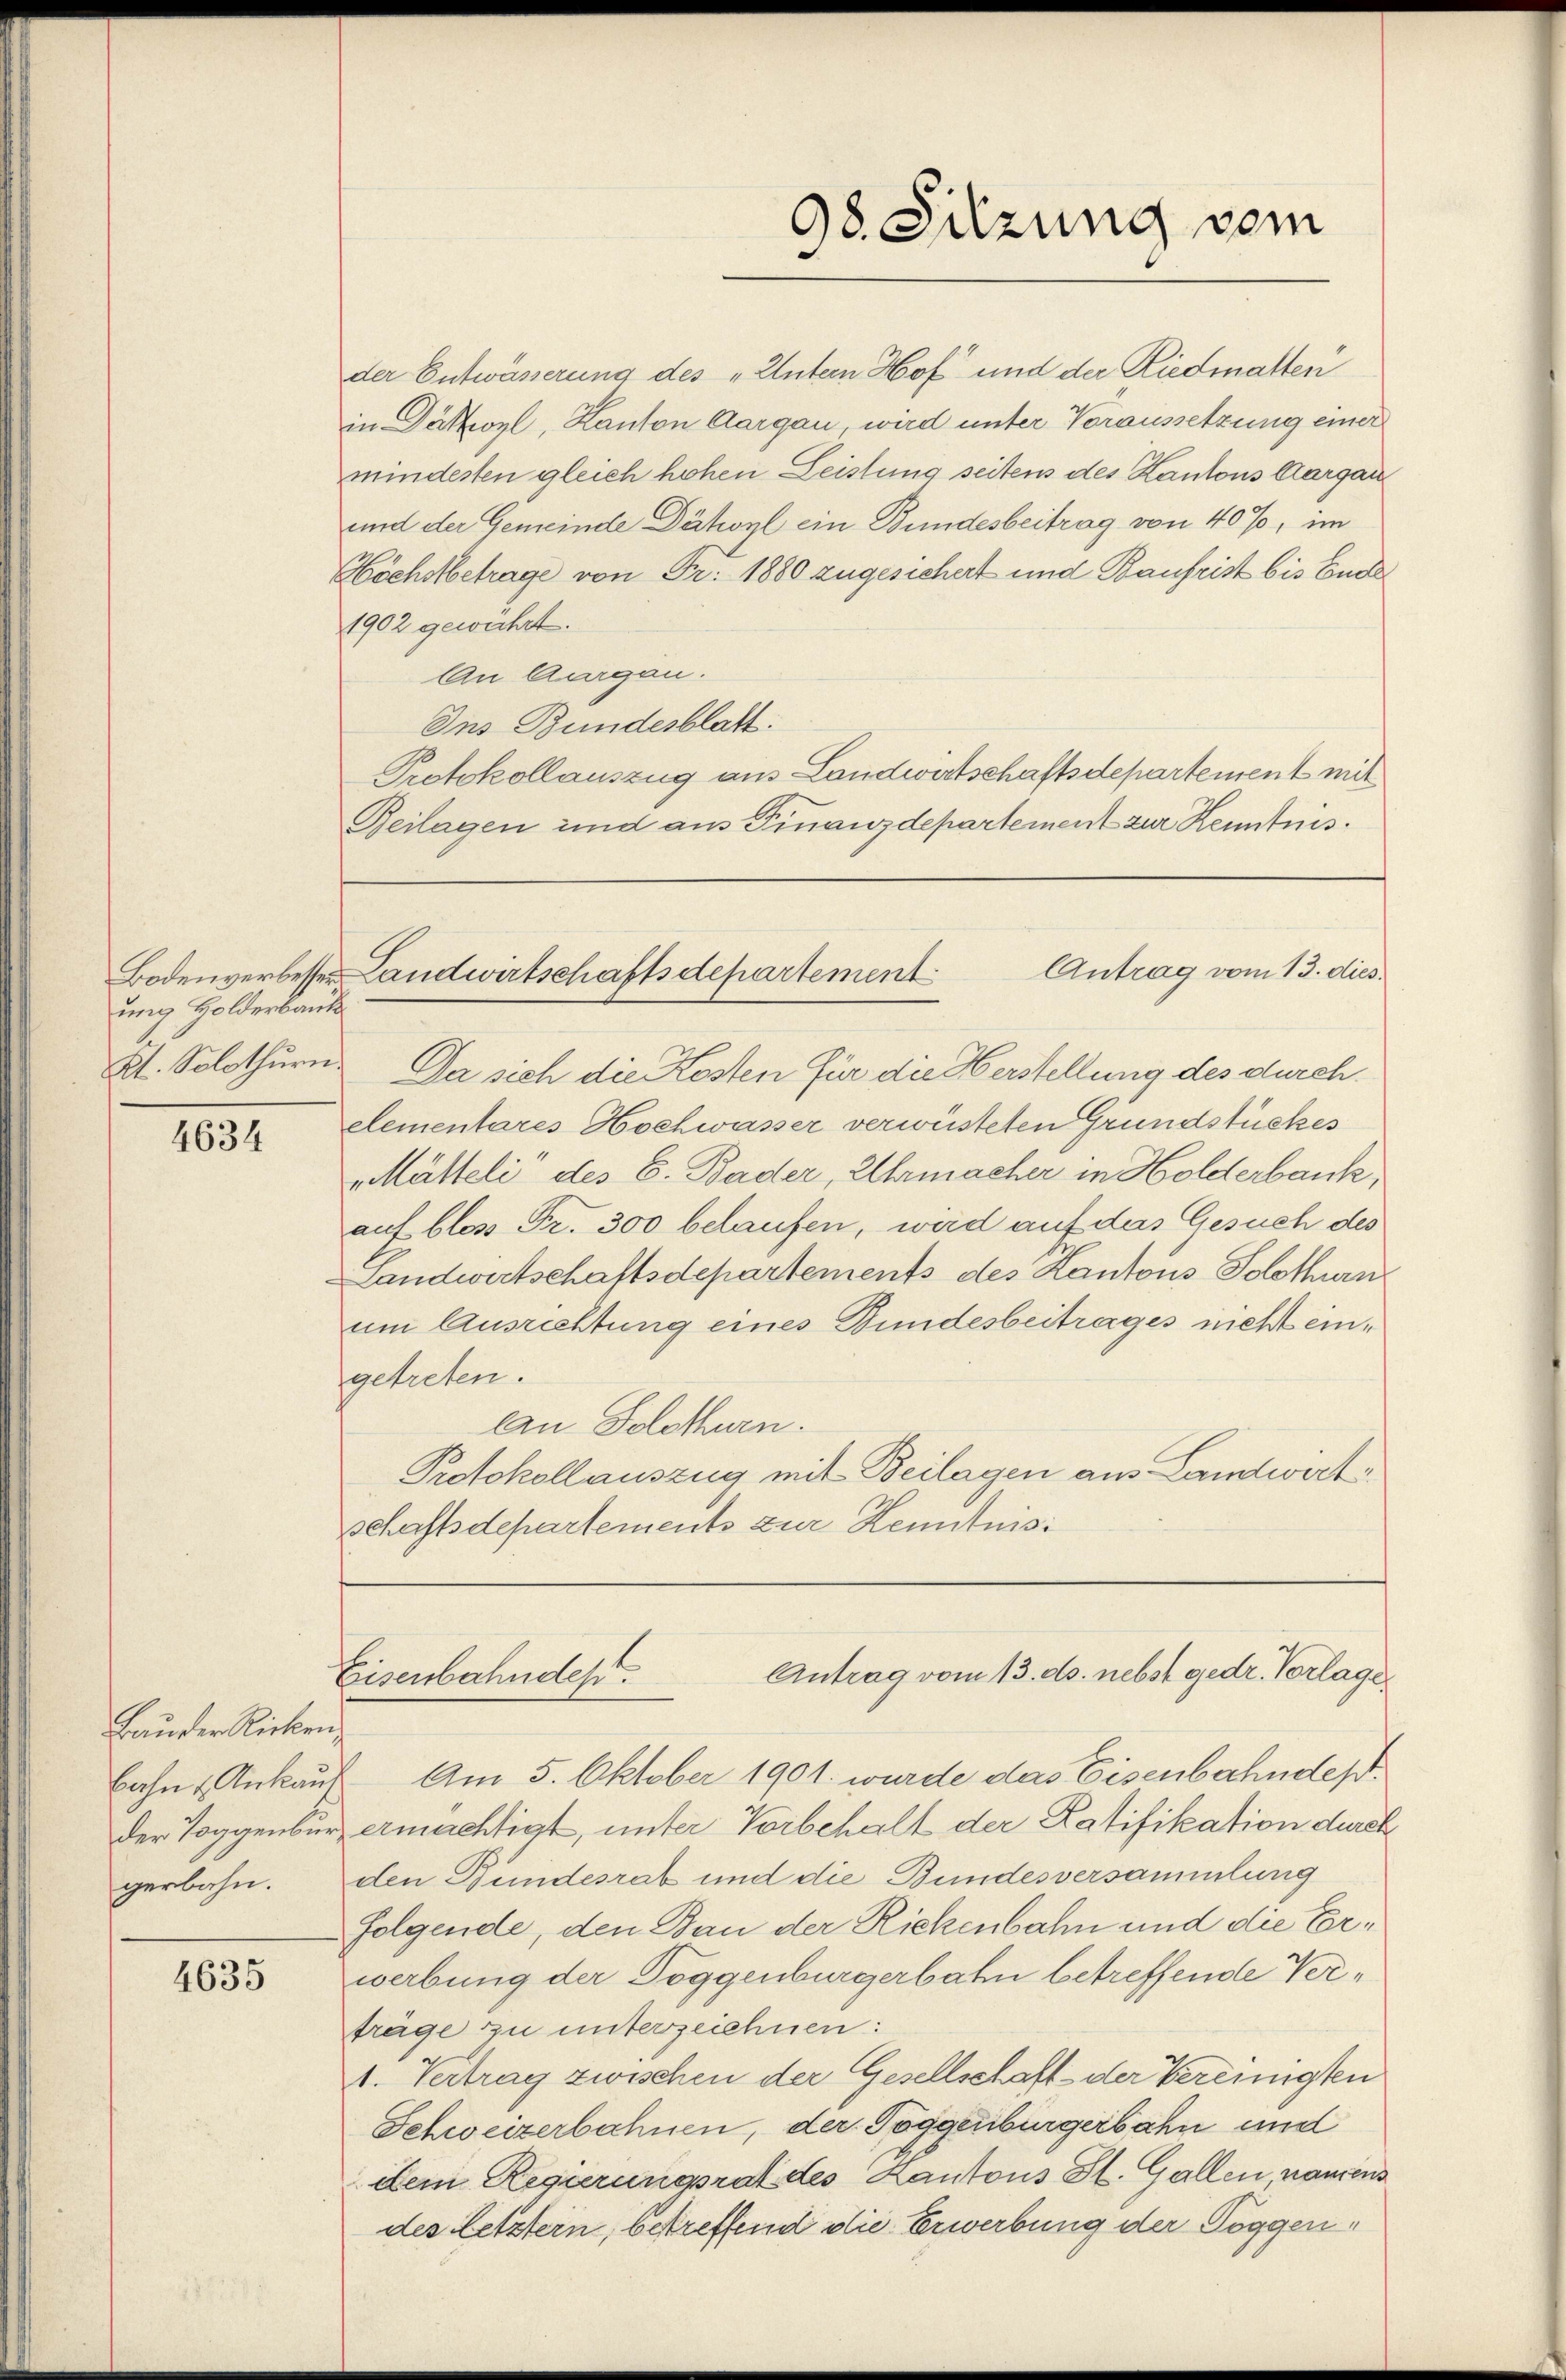
ung Holderbande
Kt. Solothurn.

4634

Bauder Ricken,
gerbahn.

4635

der Entwässerung des „Untern Hof und der Riedmatten
in Dättozl, Kanton Aargau, wird unter Voraussetzung einer
mindesten gleich hohen Leistung seitens des Kantons Aargau
und der Gemeinde Dächoyl ein Bundesbeitrag von 40%, im
Höchstbetrage von Fr. 1880 zugesichert und Baufrist bis Ende
1902 gewährt.
lan Aurgau.
Ins Bundesblatt:
Protokollauszug aus Landwirtschaftsdepartement mit
Beilagen und aus Finanzdepartement zur Kenntnis¬

Da sich die Kosten für die Herstellung des durchelementares Hochwasser verwüsteten Grundstückes
Mütteli“ des C. Bader, Uhrmacher in Holderbank,
auf bloss Fr. 300 belaufen, wird auf das Gesuch des
Landwirtschaftsdepartements des Kantons Solothurn
um Ausrichtung eines Bundesbeitrages nicht eingetreten.
lan Solothurn.
Protokollauszug mit Beilagen aus Landwirtschaftsdepartements zur Kenntnis

bahn-Ankauf. Am 5. Oktober 1901 wurde das Eisenbahndesder Toggenbur ermächtigt, unter Vorbehalt der Ratifikation durch
den Bundesrat und die Bundesversammlung
folgende, den Bau der Rickenbahn und die Erwerbung der Toggenburgerbahn betreffende Verträge zu unterzeichnen:
1. Vertrag zwischen der Gesellschaft der Vereinigten
Schweizerbahnen, der Toggenburgerbahn und
dem Regierungsrat des Kantons St. Gallen, namens
des Letztern, betreffend die Erwerbung der Toggen¬

98. Sitzung sein

Antrag vom 13. dies.
Bodenverbesser Landwirtschaftsdepartement

Antrag vom 13. ds. nebst gedr. Vorlage
Eisenbahndes.